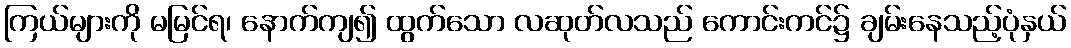
ကြယ်များကို မမြင်ရ၊ နောက်ကျ၍ ထွက်သော လဆုတ်လသည် ကောင်းကင်၌ ချမ်းနေသည့်ပုံနှယ်